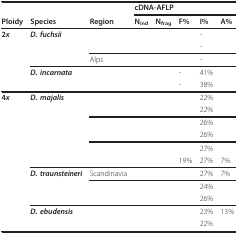
<table><thead><tr><td>[EMPTY_CELL]</td><td>[EMPTY_CELL]</td><td>[EMPTY_CELL]</td><td colspan="5"><b>cDNA-AFLP</b></td></tr><tr><td><b>Ploidy</b></td><td><b>Species</b></td><td><b>Region</b></td><td><b>N<sub>ind</sub></b></td><td><b>N<sub>frag</sub></b></td><td><b>F%</b></td><td><b>I%</b></td><td><b>A%</b></td></tr></thead><tbody><tr><td><b>2<i>x</i></b></td><td><b><i>D. fuchsii</i></b></td><td>[EMPTY_CELL]</td><td>[EMPTY_CELL]</td><td>[EMPTY_CELL]</td><td>[EMPTY_CELL]</td><td>-</td><td>[EMPTY_CELL]</td></tr><tr><td>[EMPTY_CELL]</td><td>[EMPTY_CELL]</td><td>[EMPTY_CELL]</td><td>[EMPTY_CELL]</td><td>[EMPTY_CELL]</td><td>[EMPTY_CELL]</td><td>-</td><td>[EMPTY_CELL]</td></tr><tr><td>[EMPTY_CELL]</td><td>[EMPTY_CELL]</td><td>Alps</td><td>[EMPTY_CELL]</td><td>[EMPTY_CELL]</td><td>[EMPTY_CELL]</td><td>-</td><td>[EMPTY_CELL]</td></tr><tr><td>[EMPTY_CELL]</td><td><b><i>D. incarnata</i></b></td><td>[EMPTY_CELL]</td><td>[EMPTY_CELL]</td><td>[EMPTY_CELL]</td><td>-</td><td>41%</td><td>[EMPTY_CELL]</td></tr><tr><td>[EMPTY_CELL]</td><td>[EMPTY_CELL]</td><td>[EMPTY_CELL]</td><td>[EMPTY_CELL]</td><td>[EMPTY_CELL]</td><td>-</td><td>38%</td><td>[EMPTY_CELL]</td></tr><tr><td><b>4<i>x</i></b></td><td><b><i>D. majalis</i></b></td><td>[EMPTY_CELL]</td><td>[EMPTY_CELL]</td><td>[EMPTY_CELL]</td><td>[EMPTY_CELL]</td><td>22%</td><td>[EMPTY_CELL]</td></tr><tr><td>[EMPTY_CELL]</td><td>[EMPTY_CELL]</td><td>[EMPTY_CELL]</td><td>[EMPTY_CELL]</td><td>[EMPTY_CELL]</td><td>[EMPTY_CELL]</td><td>22%</td><td>[EMPTY_CELL]</td></tr><tr><td>[EMPTY_CELL]</td><td>[EMPTY_CELL]</td><td>[EMPTY_CELL]</td><td>[EMPTY_CELL]</td><td>[EMPTY_CELL]</td><td>[EMPTY_CELL]</td><td>26%</td><td>[EMPTY_CELL]</td></tr><tr><td>[EMPTY_CELL]</td><td>[EMPTY_CELL]</td><td>[EMPTY_CELL]</td><td>[EMPTY_CELL]</td><td>[EMPTY_CELL]</td><td>[EMPTY_CELL]</td><td>26%</td><td>[EMPTY_CELL]</td></tr><tr><td>[EMPTY_CELL]</td><td>[EMPTY_CELL]</td><td>[EMPTY_CELL]</td><td>[EMPTY_CELL]</td><td>[EMPTY_CELL]</td><td>[EMPTY_CELL]</td><td>27%</td><td>[EMPTY_CELL]</td></tr><tr><td>[EMPTY_CELL]</td><td>[EMPTY_CELL]</td><td>[EMPTY_CELL]</td><td>[EMPTY_CELL]</td><td>[EMPTY_CELL]</td><td>19%</td><td>27%</td><td>7%</td></tr><tr><td>[EMPTY_CELL]</td><td><b><i>D. traunsteineri</i></b></td><td>Scandinavia</td><td>[EMPTY_CELL]</td><td>[EMPTY_CELL]</td><td>[EMPTY_CELL]</td><td>27%</td><td>7%</td></tr><tr><td>[EMPTY_CELL]</td><td>[EMPTY_CELL]</td><td>[EMPTY_CELL]</td><td>[EMPTY_CELL]</td><td>[EMPTY_CELL]</td><td>[EMPTY_CELL]</td><td>24%</td><td>[EMPTY_CELL]</td></tr><tr><td>[EMPTY_CELL]</td><td>[EMPTY_CELL]</td><td>[EMPTY_CELL]</td><td>[EMPTY_CELL]</td><td>[EMPTY_CELL]</td><td>[EMPTY_CELL]</td><td>26%</td><td>[EMPTY_CELL]</td></tr><tr><td>[EMPTY_CELL]</td><td><b><i>D. ebudensis</i></b></td><td>[EMPTY_CELL]</td><td>[EMPTY_CELL]</td><td>[EMPTY_CELL]</td><td>[EMPTY_CELL]</td><td>23%</td><td>13%</td></tr><tr><td>[EMPTY_CELL]</td><td>[EMPTY_CELL]</td><td>[EMPTY_CELL]</td><td>[EMPTY_CELL]</td><td>[EMPTY_CELL]</td><td>[EMPTY_CELL]</td><td>22%</td><td>[EMPTY_CELL]</td></tr></tbody></table>